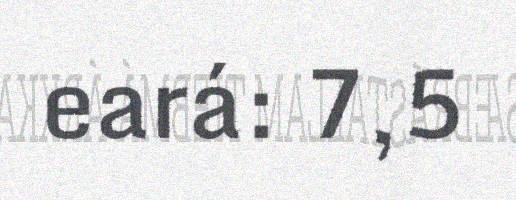
eará: 7,5